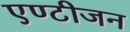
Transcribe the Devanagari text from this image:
एण्टीजन